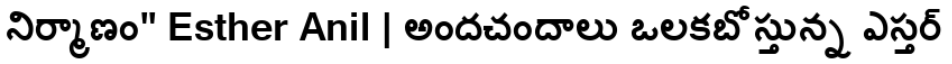
నిర్మాణం" Esther Anil | అందచందాలు ఒలకబోస్తున్న ఎస్తర్